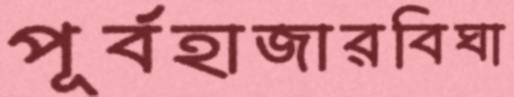
পূর্বহাজারবিঘা